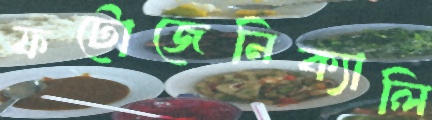
ফটোজেনিক্যালি